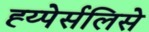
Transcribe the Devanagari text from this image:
ह्य्पेर्सलिसे